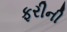
ફરીની